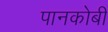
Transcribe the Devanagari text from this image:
पानकोबी